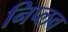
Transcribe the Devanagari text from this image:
निप्लव